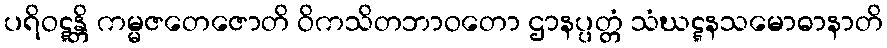
ပရိဝဋ္ဋန္တိ ကမ္မဇတေဇောတိ ဝိကသိတဘာဝတော ဌာနပ္ပတ္တံ သံဃဋ္ဋနသမောဓာနာတိ